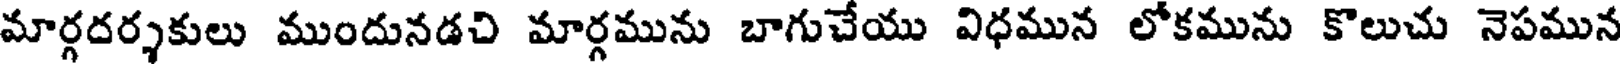
మార్గదర్శకులు ముందునడచి మార్గమును బాగుచేయు విధమున లోకమును కొలుచు నెపమున